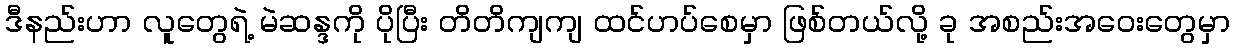
ဒီနည်းဟာ လူတွေရဲ့ မဲဆန္ဒကို ပိုပြီး တိတိကျကျ ထင်ဟပ်စေမှာ ဖြစ်တယ်လို့ ခု အစည်းအဝေးတွေမှာ